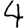
Digit: 4